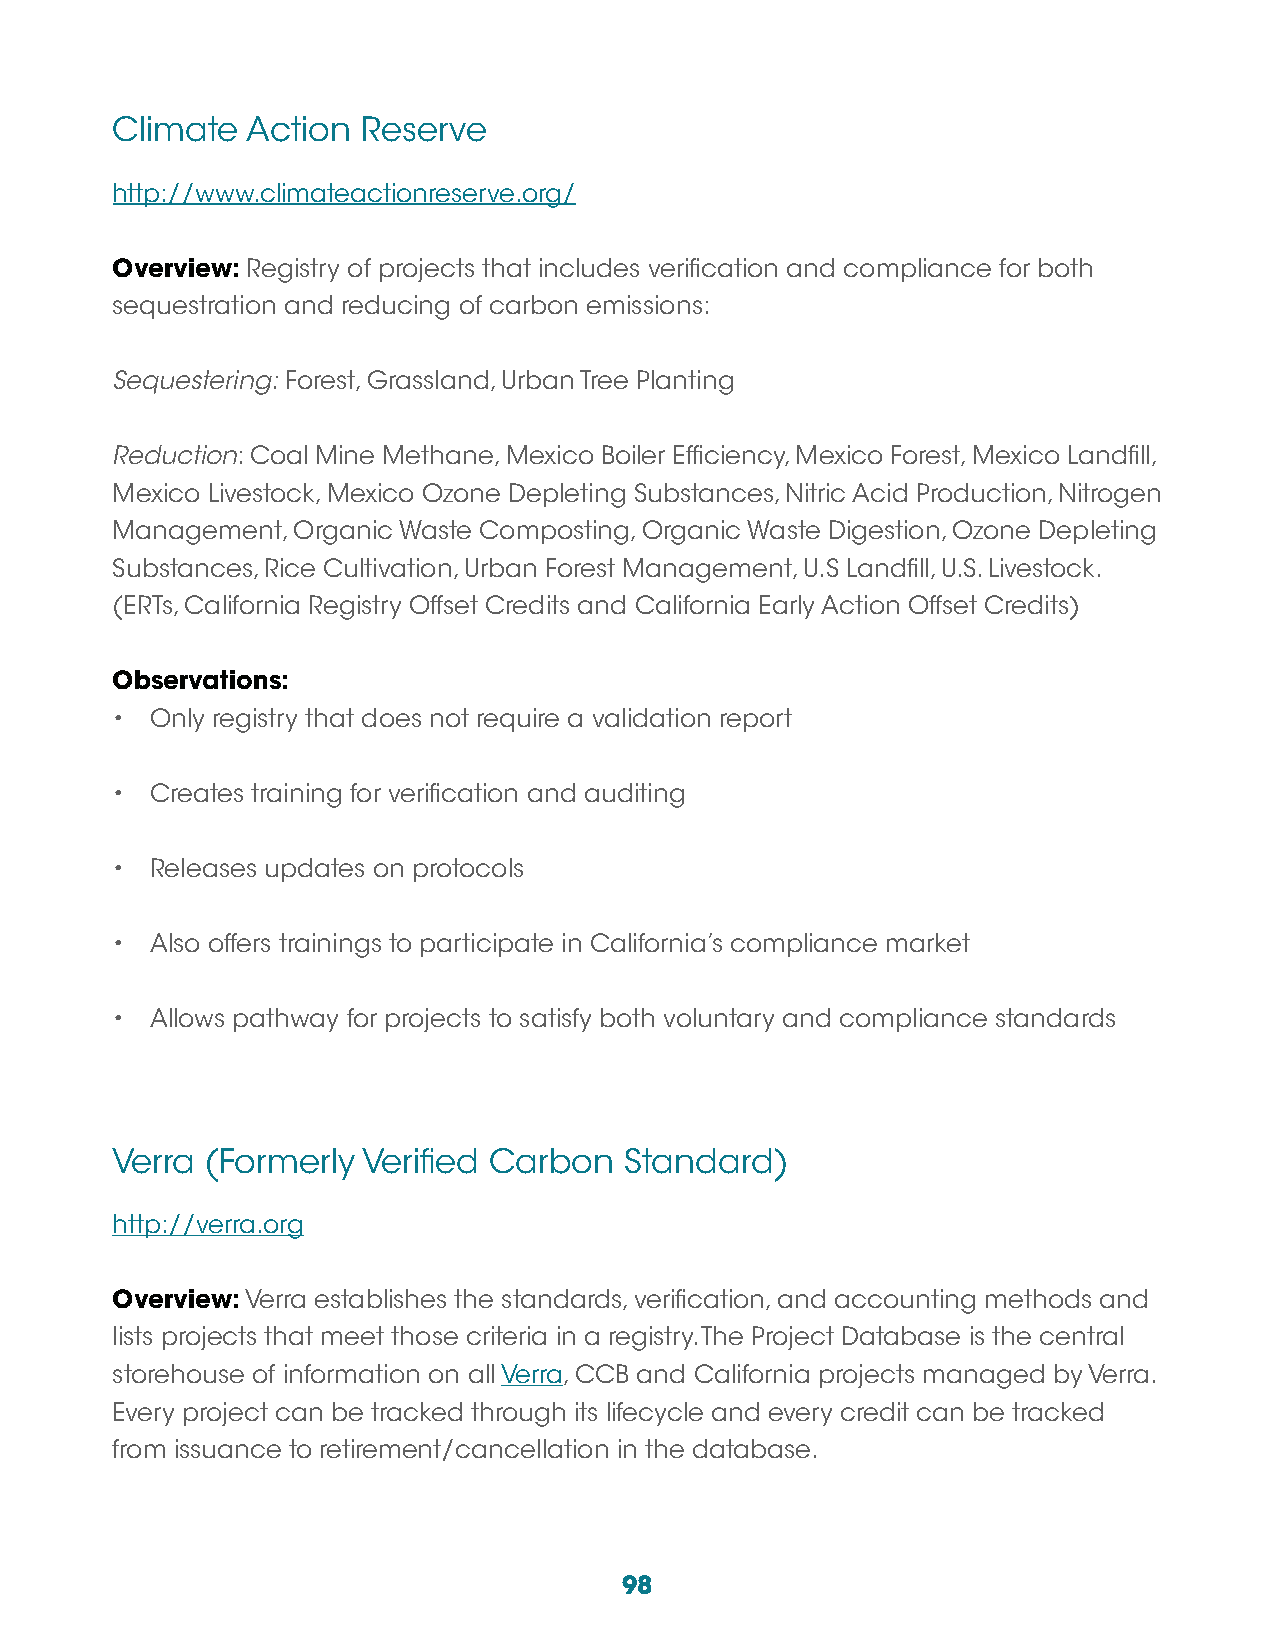
Climate  Action  Reserve
 http://www.climateactionreserve.org/
 Overview: Registry of projects that includes verification and compliance for both
 sequestration and reducing of carbon emissions:
 Sequestering: Forest, Grassland, Urban Tree Planting
 Reduction: Coal Mine Methane, Mexico Boiler Efficiency, Mexico Forest, Mexico Landfill,
 Mexico Livestock, Mexico Ozone Depleting Substances, Nitric Acid Production, Nitrogen
 Management, Organic Waste Composting, Organic Waste Digestion, Ozone Depleting
 Substances, Rice Cultivation, Urban Forest Management, U.S Landfill, U.S. Livestock.
 (ERTs, California Registry Offset Credits and California Early Action Offset Credits)
 Observations:
 •  Only registry that does not require a validation report
 •  Creates training for verification and auditing
 •  Releases updates on protocols
 •  Also offers trainings to participate in California’s compliance market
 •  Allows pathway for projects to satisfy both voluntary and compliance standards
 Verra  (Formerly Verified Carbon  Standard)
 http://verra.org
 Overview: Verra establishes the standards, verification, and accounting methods and
 lists projects that meet those criteria in a registry. The Project Database is the central
 storehouse of information on all Verra, CCB and California projects managed by Verra.
 Every project can be tracked through its lifecycle and every credit can be tracked
 from issuance to retirement/cancellation in the database.
 98